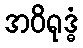
အဝိရုဒ္ဓံ